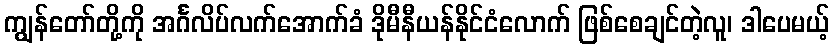
ကျွန်တော်တို့ကို အင်္ဂလိပ်လက်အောက်ခံ ဒိုမီနီယန်နိုင်ငံလောက် ဖြစ်စေချင်တဲ့လူ၊ ဒါပေမယ့်